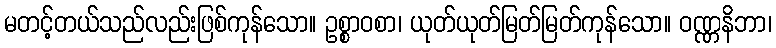
မတင့်တယ်သည်လည်းဖြစ်ကုန်သော။ ဥစ္စာဝစာ၊ ယုတ်ယုတ်မြတ်မြတ်ကုန်သော။ ဝဏ္ဏနိဘာ၊